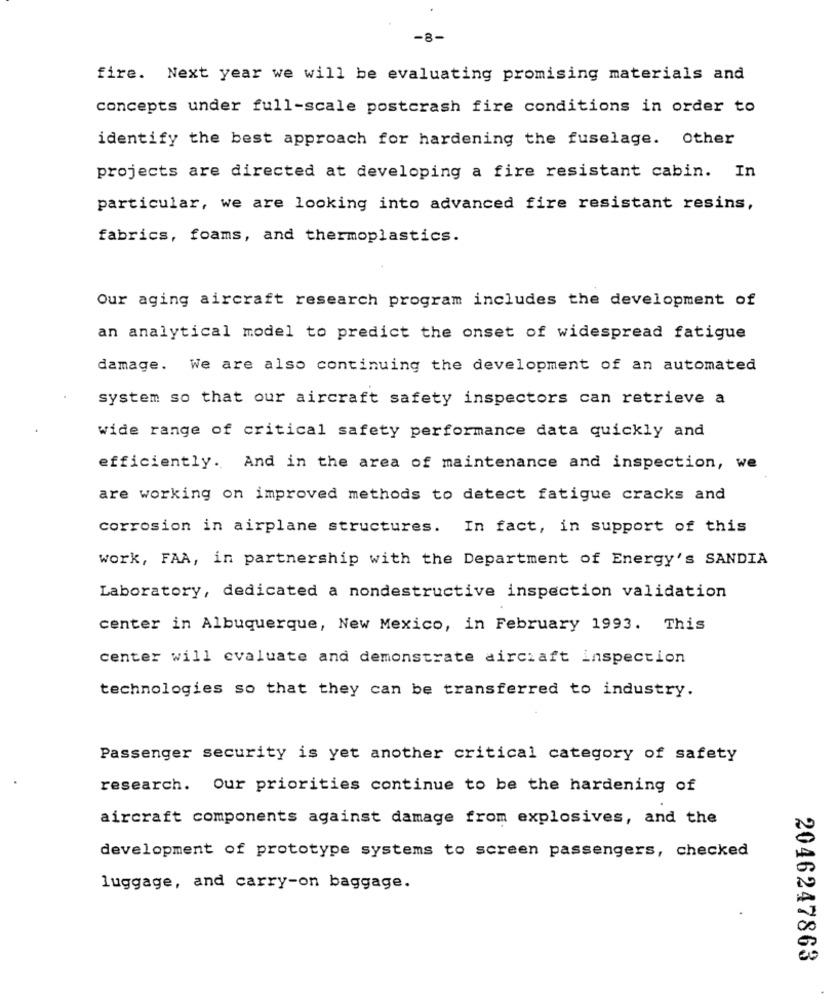
-8-
fire. Next year we will be evaluating promising materials and
concepts under full-scale postcrash fire conditions in order to
identify the best approach for hardening the fuselage. Other
projects are directed at developing a fire resistant cabin. In
particular, we are looking into advanced fire resistant resins,
fabrics, foams, and thermoplastics.
Our aging aircraft research program includes the development of
an analytical model to predict the onset of widespread fatigue
damage. We are also continuing the development of an automated
system so that our aircraft safety inspectors can retrieve a
wide range of critical safety performance data quickly and
efficiently. And in the area of maintenance and inspection, we
are working on improved methods to detect fatigue cracks and
corrosion in airplane structures. In fact, in support of this
work, FAA, in partnership with the Department of Energy's SANDIA
Laboratory, dedicated a nondestructive inspection validation
center in Albuquerque, New Mexico, in February 1993. This
center will evaluate and demonstrate aircraft inspection
technologies so that they can be transferred to industry.
Passenger security is yet another critical category of safety
research. Our priorities continue to be the hardening of
aircraft components against damage from explosives, and the
development of prototype systems to screen passengers, checked
luggage, and carry-on baggage.
2046247863